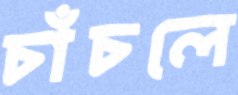
চাঁচলে